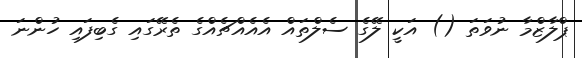
ޕްލާޒްމާ ނުވަތަ () އަކީ ލޭގެ ސެލްތައް އެއެއްޗެއްގެ ތެރޭގައި ގެބިފައި ހުންނަ